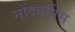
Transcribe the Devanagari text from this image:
नोंदवहीस